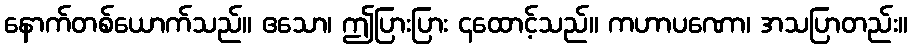
နောက်တစ်ယောက်သည်။ ဧသော၊ ဤပြားပြား ၄ထောင့်သည်။ ကဟာပဏော၊ အသပြာတည်း။